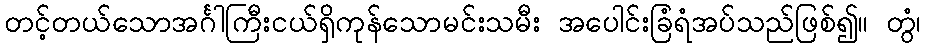
တင့်တယ်သောအင်္ဂါကြီးငယ်ရှိကုန်သောမင်းသမီး အပေါင်းခြံရံအပ်သည်ဖြစ်၍။ တွံ၊